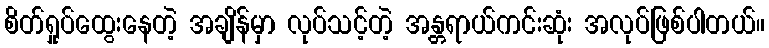
စိတ်ရှုပ်ထွေးနေတဲ့ အချိန်မှာ လုပ်သင့်တဲ့ အန္တရာယ်ကင်းဆုံး အလုပ်ဖြစ်ပါတယ်။